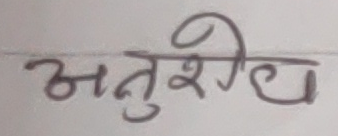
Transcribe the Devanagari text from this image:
अनुशेष